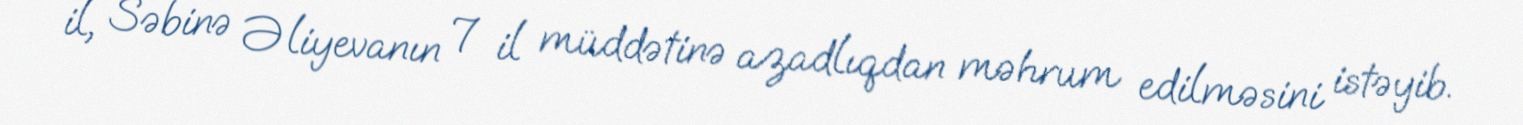
il, Səbinə Əliyevanın 7 il müddətinə azadlıqdan məhrum edilməsini istəyib.